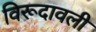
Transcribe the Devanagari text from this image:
विरूदावली